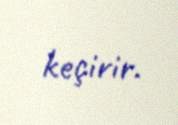
keçirir.